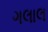
ગલાલ